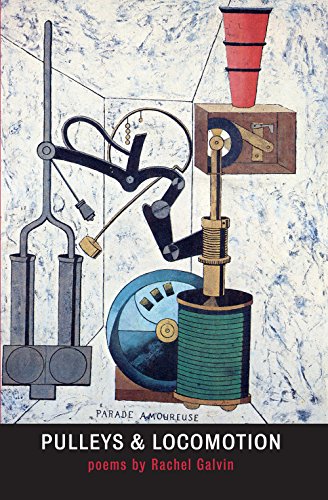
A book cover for Pulleys & Locomotion; Rachel Galvin; Religion & Spirituality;